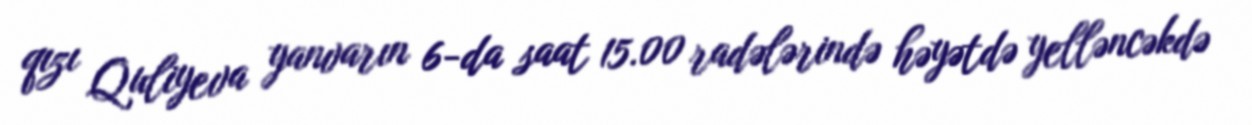
qızı Quliyeva yanvarın 6-da saat 15.00 radələrində həyətdə yelləncəkdə